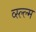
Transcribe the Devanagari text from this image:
व्स्ल्ल्म